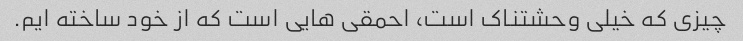
چیزی که خیلی وحشتناک است، احمقی هایی است که از خود ساخته ایم.